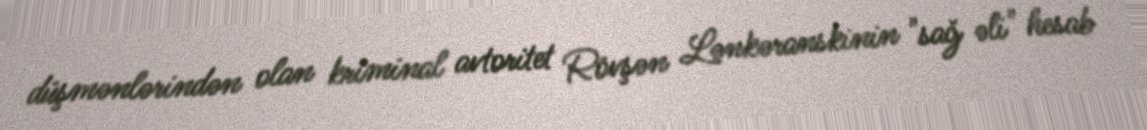
düşmənlərindən olan kriminal avtoritet Rövşən Lənkəranskinin "sağ əli" hesab